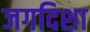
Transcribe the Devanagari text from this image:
जगदिशा